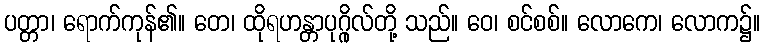
ပတ္တာ၊ ရောက်ကုန်၏။ တေ၊ ထိုရဟန္တာပုဂ္ဂိုလ်တို့ သည်။ ဝေ၊ စင်စစ်။ လောကေ၊ လောက၌။